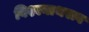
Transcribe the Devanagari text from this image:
विश्वनाथराव